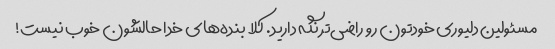
مسئولین دلیوری خودتون رو راضی‌تر نگه دارید. کلا بنده‌های خدا حالشون خوب نیست!